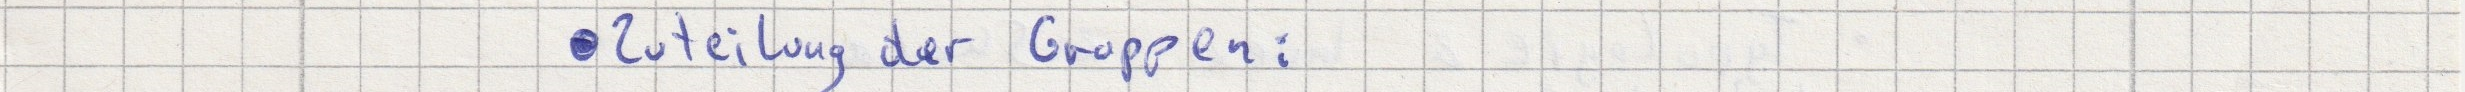
- Zuteilung der Gruppen: